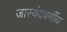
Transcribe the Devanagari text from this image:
जास्वंदवर्गीय